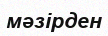
мәзірден